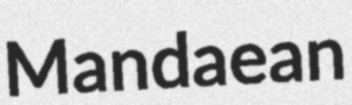
Mandaean